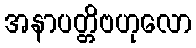
အနာပတ္တိဗဟုလော